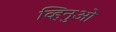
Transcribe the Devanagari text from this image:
व्हिनुओ